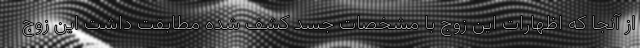
از آنجا که اظهارات این زوج با مشخصات جسد کشف شده مطابقت داشت این زوج